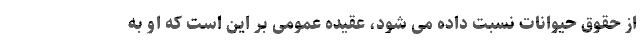
از حقوق حیوانات نسبت داده می شود، عقیده عمومی بر این است که او به